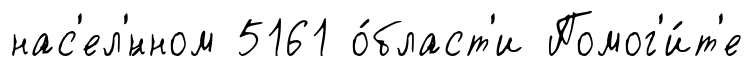
нас'ел'́нном 5161 о́бласт'и Помог'и́т'е